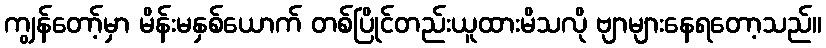
ကျွန်တော့်မှာ မိန်းမနှစ်ယောက် တစ်ပြိုင်တည်းယူထားမိသလို ဗျာများနေရတော့သည်။